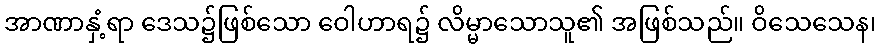
အာဏာနှံ့ရာ ဒေသ၌ဖြစ်သော ဝေါဟာရ၌ လိမ္မာသောသူ၏ အဖြစ်သည်။ ဝိသေသေန၊